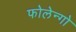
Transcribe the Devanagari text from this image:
फोलेन्गो